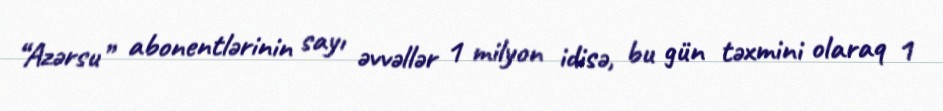
“Azərsu” abonentlərinin sayı əvvəllər 1 milyon idisə, bu gün təxmini olaraq 1